Annual report on the working of the mental hospitals in the Madras Presidency - 1912-1932
Year: 1912
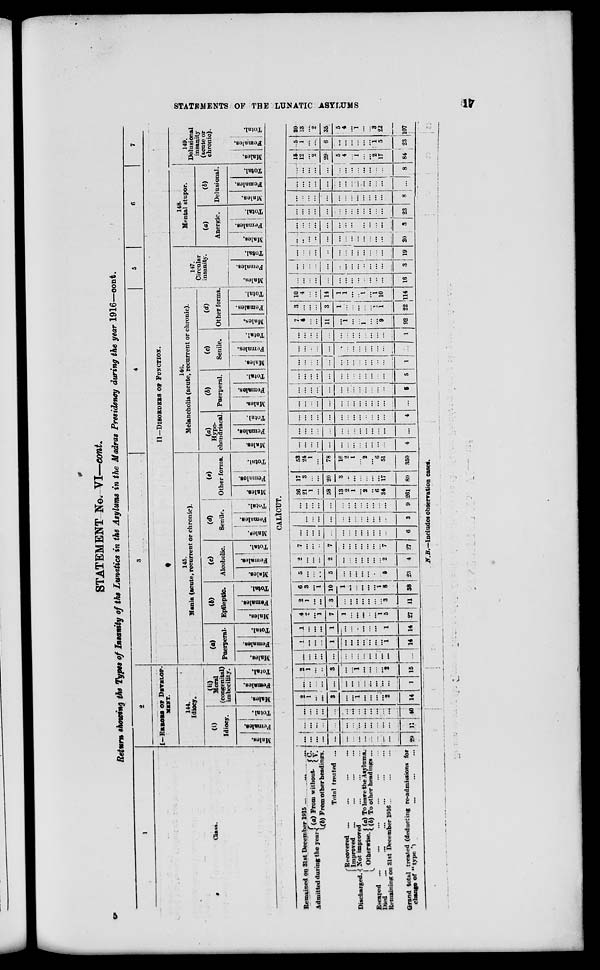
STATEMENTS OF THE LUNATIC ASYLUMS
17
STATEMENT No. VI—cont.
Return showing the Types of Insanity of the Lunatics in the Asylums in the Madras Presidency during the year 1916—cont.
1
Class.
2
I—ERRORS OF DEVELOP-
MENT.
144.
Idiocy.
(i)
Idiocy.
Males.
Females.
Total.
(ii)
Moral
(congenital)
imbecility.
Males.
Females.
Total.
3
4
5
6
7
II—DISORDERS OF FUNCTION.
145.
Mania (acute, recurrent or chronic).
(a)
Puerperal.
Males.
Females.
Total.
(b)
Epileptic.
Males.
Females.
Total.
(c)
Alcoholic.
Males.
Females.
Total.
(d)
Senile.
Males.
Females.
Total.
(e)
Other forms.
Males.
Females.
Total.
146.
Melancholia (acute, recurrent or chronic).
(a)
Hypo-
chondriacal.
Males.
Females.
Total.
(b)
Puerperal.
Males.
Females.
Total.
(c)
Senile.
Males.
Females.
Total.
(d)
Other forms.
Males.
Females.
Total.
147.
Circular
insanity.
Males.
Females.
Total.
148.
Mental stupor.
(a)
Anergic.
Males.
Females.
Total.
(b)
Delusional.
Males.
Females.
Total.
149.
Delusional
insanity
(acute or
chronic).
Males.
Females.
Total.
CALICUT.
Remained on 31st December 1915 ... ...
Admitted during the year
(a) From without.
C.
V.
(b) From other headings.
Total treated ...
Discharged.
Recovered ... ... ... ...
Improved ... ... ... ...
Not improved ... ... ...
Otherwise. (a) To leave the Asylums.
(b) To other headings ...
Escaped ... ... ... ... ... ...
Died ... ... ... ... ... ...
Remaining on 31st December 1916 ... ... ...
Grand total treated (deducting re-admissions for
change of "type")
...
...
...
...
...
...
...
...
... ...
...
...
...
...
...
...
29
...
...
...
...
...
...
...
...
...
...
...
...
...
1 1
...
...
...
...
...
...
...
...
...
...
...
...
...
40
2
1
...
...
3
...
...
1
...
...
...
...
2
14
...
...
...
...
...
...
...
...
...
...
...
...
...
1
2
1
...
...
3
...
...
1
...
...
...
...
2
15
...
...
...
...
...
...
...
...
...
...
...
...
...
...
1
...
...
...
1
...
...
...
...
...
...
...
1
14
1
...
...
...
1
...
...
...
...
...
...
...
1
14
4
2
...
1
7
1
...
...
...
...
...
1
5
27
2
1
...
...
3
...
...
...
...
...
...
...
3
11
6
3
...
1
10
1
...
...
...
...
...
1
8
38
5
...
...
...
5
...
...
...
...
...
...
...
5
23
2
...
...
...
2
...
...
...
...
...
...
...
2
4
7
...
...
...
7
...
...
...
...
...
...
...
7
27
...
...
...
...
...
...
...
...
...
...
...
...
...
6
...
...
...
...
...
...
...
...
...
...
...
...
...
3
...
...
...
...
...
...
...
...
...
...
...
...
9
36
21
1
...
58
13
2
1
...
2
...
6
34
261
17
3
...
...
20
3
...
...
...
...
...
...
17
89
53
24
1
...
78
16
2
1
...
2
...
6
51
350
...
...
...
...
...
...
...
...
...
...
...
...
...
4
...
...
...
...
...
...
...
...
...
...
...
...
...
...
...
...
...
...
...
...
...
...
...
...
...
...
...
4
...
...
...
...
...
...
...
...
...
...
...
...
...
...
...
...
...
...
...
...
...
...
...
...
...
...
...
5
...
...
...
...
...
...
...
...
...
...
...
...
...
5
...
...
...
...
...
...
...
...
...
...
...
...
...
1
...
...
...
...
...
...
...
...
...
...
...
...
...
...
...
...
...
...
...
...
...
...
...
...
...
...
...
1
7
4
...
...
11
...
1
...
...
1 ...
...
9
92
3
...
...
...
3
1
...
...
...
...
...
1
1
22
10
4
...
...
14
1
1
...
...
1
...
1
10
114
...
...
...
...
...
...
...
...
...
...
...
...
...
16
...
...
...
...
...
...
...
...
...
...
...
...
...
3
...
...
...
...
...
...
...
...
...
...
...
...
...
19
...
...
...
...
...
...
...
...
...
...
...
...
...
20
...
...
...
...
...
...
...
...
...
...
...
...
...
3
...
...
...
...
...
...
...
...
...
...
...
...
...
23
...
...
...
...
...
...
...
...
...
...
...
...
...
8
...
...
...
...
...
...
...
...
...
...
...
...
...
...
...
...
...
...
...
...
...
...
...
...
...
...
...
8
15
12
...
2
29
5
4
...
1
...
...
2
17
84
5
1
...
...
6
...
...
...
...
...
...
1
5
23
20
13
...
2
35
5
4
...
1
...
...
3
22
107
N.B.—Includes observation cases.
5